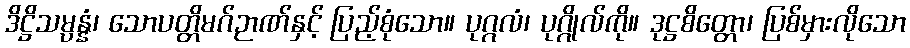
ဒိဋ္ဌိသမ္ပန္နံ၊ သောပတ္တိမဂ်ဉာဏ်နှင့် ပြည့်စုံသော။ ပုဂ္ဂလံ၊ ပုဂ္ဂိုလ်ကို။ ဒုဋ္ဌစိတ္တော၊ ပြစ်မှားလိုသော